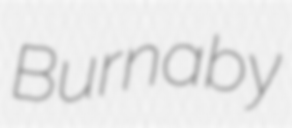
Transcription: Burnaby